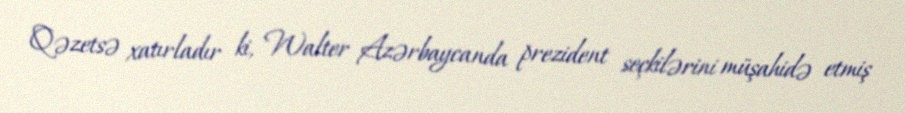
Qəzetsə xatırladır ki, Walter Azərbaycanda prezident seçkilərini müşahidə etmiş